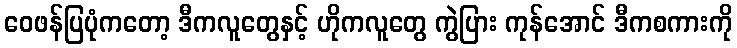
ဝေဖန်ပြပုံကတော့ ဒီကလူတွေနှင့် ဟိုကလူတွေ ကွဲပြား ကုန်အောင် ဒီကစကားကို